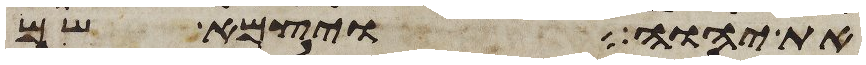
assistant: את יהוה ויצמא שם